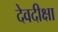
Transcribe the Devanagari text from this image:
देवदीक्षा